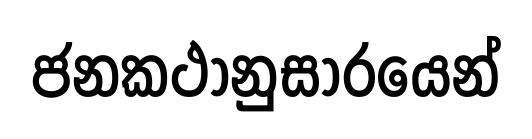
ජනකථානුසාරයෙන්